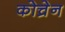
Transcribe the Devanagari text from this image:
कोच्रेन